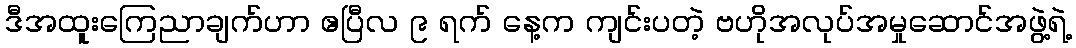
ဒီအထူးကြေညာချက်ဟာ ဧပြီလ ၉ ရက် နေ့က ကျင်းပတဲ့ ဗဟိုအလုပ်အမှုဆောင်အဖွဲ့ရဲ့